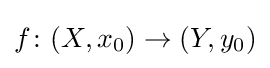
f\colon (X,x_{0})\to (Y,y_{0})